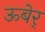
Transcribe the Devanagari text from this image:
ऊबेर्